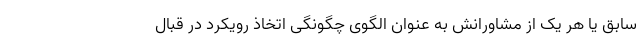
سابق یا هر یک از مشاورانش به عنوان الگوی چگونگی اتخاذ رویکرد در قبال